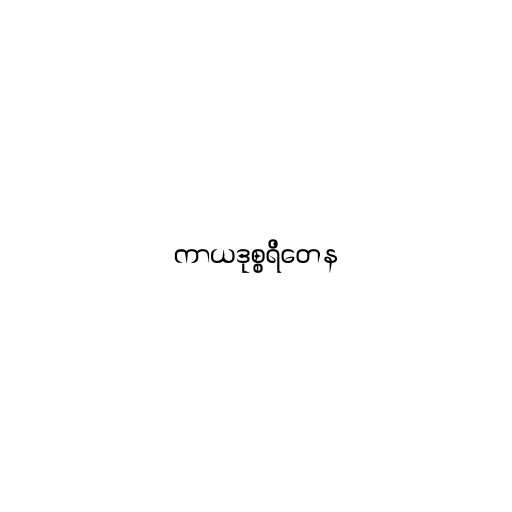
ကာယဒုစ္စရိတေန